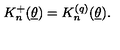
K _ { n } ^ { + } ( \underline { { \theta } } ) = K _ { n } ^ { ( q ) } ( \underline { { \theta } } ) .